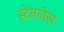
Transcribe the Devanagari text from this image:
स्‍टेनलेस